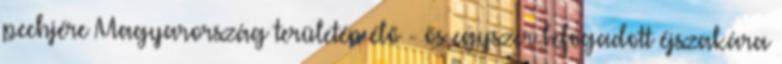
pechjére Magyarország területén élő - ős egyszer befogadott éjszakára